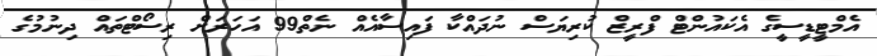
އެމްޓީޑީސީގެ އެކައުންޓް ފްރީޒް ކުރިޔަސް ނުދައްކާ ފައިސާއެއް ނެތް99 އަހަރަށް ރިސޯޓްތައް ދިނުމުގެ